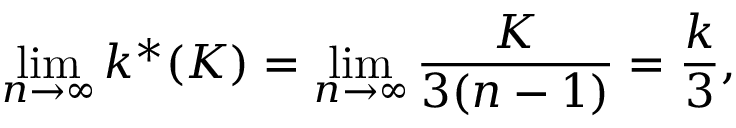
\operatorname* { l i m } _ { n \rightarrow \infty } k ^ { * } ( K ) = \operatorname* { l i m } _ { n \rightarrow \infty } \frac { K } { 3 ( n - 1 ) } = \frac { k } { 3 } ,